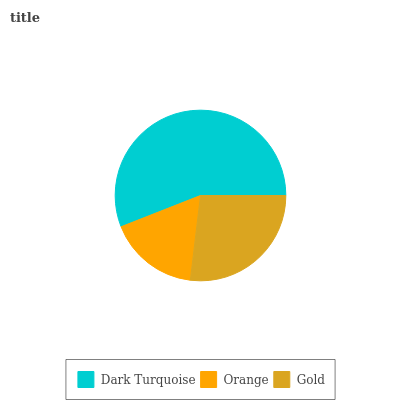
| Dark Turquoise | Orange | Gold |
 | --- | --- | --- |
 | 56% | 17.2% | 26.9% |